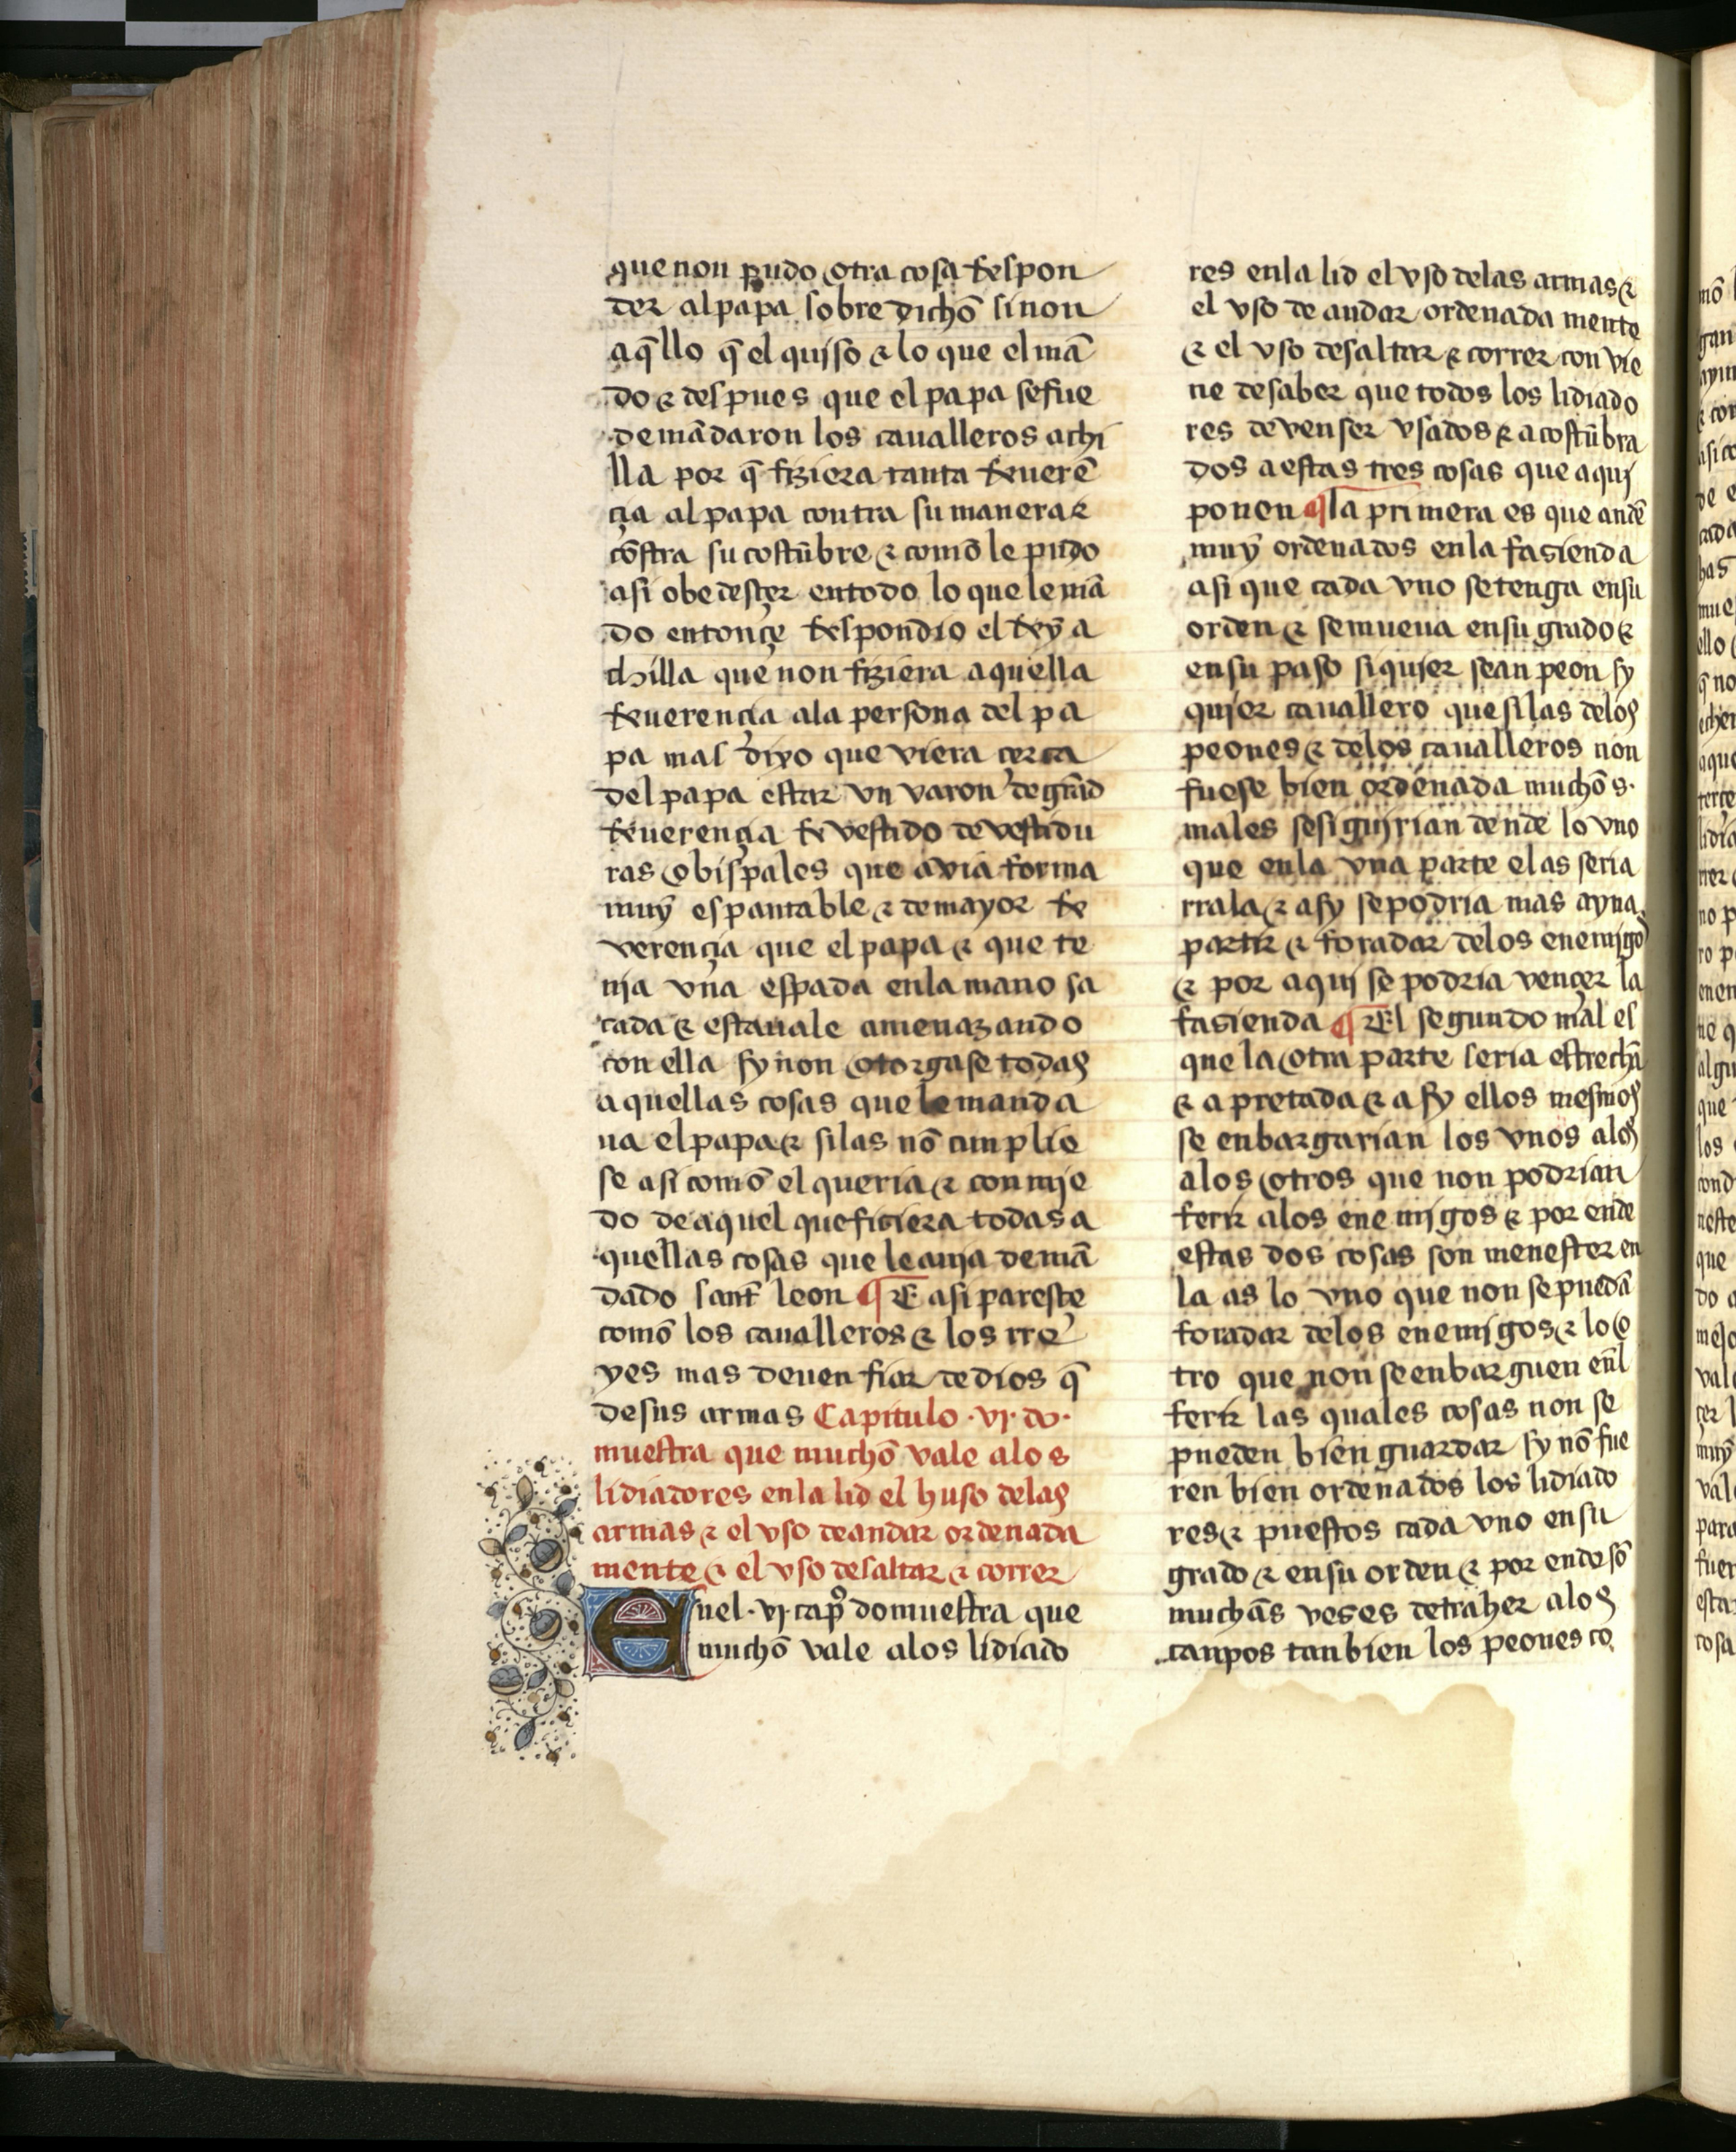
Shelfmark: Salamanca, Biblioteca Histórica USAL, 2709
Century: 15